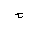
Letter: _kha